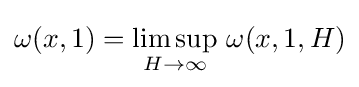
\omega (x,1)=\limsup _{H\to \infty }\,\omega (x,1,H)